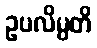
ဥပလိမ္ပတိ